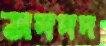
মদদদ